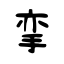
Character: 挛